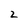
Character: 2